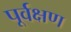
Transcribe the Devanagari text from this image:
पूर्वक्षण